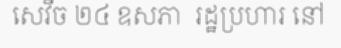
សេវីច ២៤ ឧសភា  រដ្ឋប្រហារ នៅ